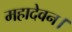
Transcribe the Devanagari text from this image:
महादेवन।